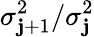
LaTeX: \sigma_{\mathbf{j}+1}^{2}/\sigma_{\mathbf{j}}^{2}